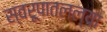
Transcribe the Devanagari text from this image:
स्वरूपातलल्या